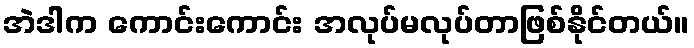
အဲဒါက ကောင်းကောင်း အလုပ်မလုပ်တာဖြစ်နိုင်တယ်။